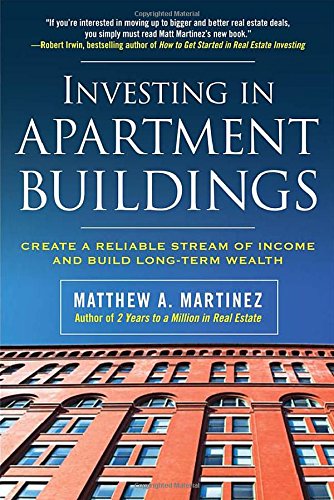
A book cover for Investing in Apartment Buildings: Create a Reliable Stream of Income and Build Long-Term Wealth; Matthew Martinez; Business & Money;